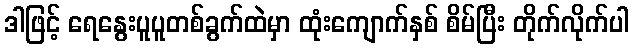
ဒါဖြင့် ရေနွေးပူပူတစ်ခွက်ထဲမှာ ထုံးကျောက်နှစ် စိမ်ပြီး တိုက်လိုက်ပါ